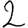
Digit: 2